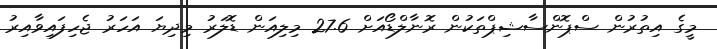
މީގެ އިތުރުން ސްޕޮންސާޝިޕްތަކުން ރޮނާލްޑޯއަށް 27.6 މިލިއަން ޑޮލަރު މިދިޔަ އަހަރު ޖެހިފައިވާއިރު